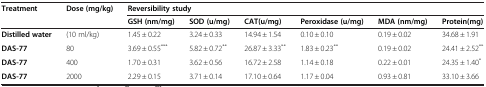
<table><thead><tr><td><b>Treatment</b></td><td><b>Dose (mg/kg)</b></td><td colspan="6"><b>Reversibility study</b></td></tr><tr><td><b> </b></td><td><b> </b></td><td><b>GSH (nm/mg)</b></td><td><b>SOD (u/mg)</b></td><td><b>CAT(u/mg)</b></td><td><b>Peroxidase (u/mg)</b></td><td><b>MDA (nm/mg)</b></td><td><b>Protein(mg)</b></td></tr></thead><tbody><tr><td><b>Distilled water</b></td><td>(10 ml/kg)</td><td>1.45 ± 0.22</td><td>3.24 ± 0.33</td><td>14.94 ± 1.54</td><td>0.10 ± 0.10</td><td>0.19 ± 0.02</td><td>34.68 ± 1.91</td></tr><tr><td><b>DAS-77</b></td><td>80</td><td>3.69 ± 0.55<sup>***</sup></td><td>5.82 ± 0.72<sup>**</sup></td><td>26.87 ± 3.33<sup>**</sup></td><td>1.83 ± 0.23<sup>**</sup></td><td>0.19 ± 0.02</td><td>24.41 ± 2.52<sup>**</sup></td></tr><tr><td><b>DAS-77</b></td><td>400</td><td>1.70 ± 0.31</td><td>3.62 ± 0.56</td><td>16.72 ± 2.58</td><td>1.14 ± 0.18</td><td>0.22 ± 0.01</td><td>24.35 ± 1.40<sup>*</sup></td></tr><tr><td><b>DAS-77</b></td><td>2000</td><td>2.29 ± 0.15</td><td>3.71 ± 0.14</td><td>17.10 ± 0.64</td><td>1.17 ± 0.04</td><td>0.93 ± 0.81</td><td>33.10 ± 3.66</td></tr></tbody></table>